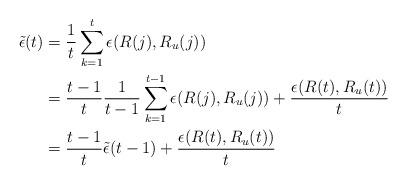
LaTeX: \begin{align*}\tilde{\epsilon}(t) &= \frac{1}{t} \sum_{k=1}^t \epsilon(R(j),R_u(j)) \\&= \frac{t-1}{t} \frac{1}{t-1} \sum_{k=1}^{t-1} \epsilon(R(j),R_u(j)) + \frac{\epsilon(R(t),R_u(t))}{t} \\&= \frac{t-1}{t}\tilde{\epsilon}(t-1) + \frac{\epsilon(R(t),R_u(t))}{t}\end{align*}